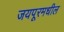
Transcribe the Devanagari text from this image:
जयपूरमधील